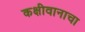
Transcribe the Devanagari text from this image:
कक्षीवानाचा